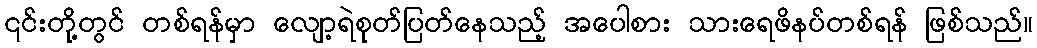
၎င်းတို့တွင် တစ်ရန်မှာ လျော့ရဲစုတ်ပြတ်နေသည့် အပေါစား သားရေဖိနပ်တစ်ရန် ဖြစ်သည်။